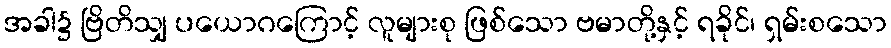
အခါ၌ ဗြိတိသျှ ပယောဂကြောင့် လူများစု ဖြစ်သော ဗမာတို့နှင့် ရခိုင်၊ ရှမ်းစသော